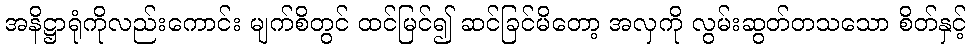
အနိဋ္ဌာရုံကိုလည်းကောင်း မျက်စိတွင် ထင်မြင်၍ ဆင်ခြင်မိတော့ အလှကို လွမ်းဆွတ်တသသော စိတ်နှင့်